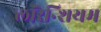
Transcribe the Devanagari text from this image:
लॉरेन्शियम